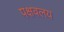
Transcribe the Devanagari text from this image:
पक्षवलय